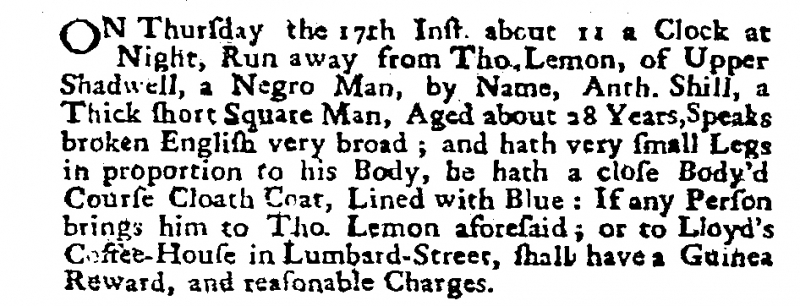
Post Boy (1695), 19 October 1700 (England)
ON Thursday the 17th Inst. about 11 a Clock at Night, Run away from Tho. Lemon, of Upper Shadwell, a Negro Man, by Name, Anth. Shill, a Thick short Square Man, Aged about 28 Years, Speaks broken English very broad; and hath very small Legs in proportion to his Body, he hath a close Body’d Course Cloath Coat, Lined with Blue: If any Person brings him to Tho. Lemon aforesaid; or to Lloyd’s Coffee-House in Lumbard-Street, shall have a Guinea Reward, and reasonable Charges.